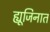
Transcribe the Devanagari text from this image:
ह्यूजिनात